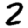
Digit: 2